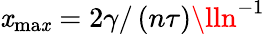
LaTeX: \mathit{x}_{\mathrm{{ma\mathit{x}}}}=2\gamma/\left(n\tau\right)\lln^{-1}